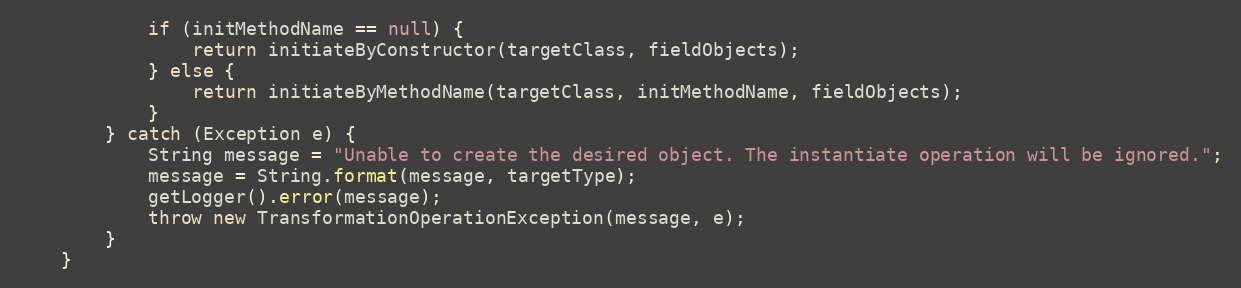
Language: Java
            if (initMethodName == null) {
                return initiateByConstructor(targetClass, fieldObjects);
            } else {
                return initiateByMethodName(targetClass, initMethodName, fieldObjects);
            }
        } catch (Exception e) {
            String message = "Unable to create the desired object. The instantiate operation will be ignored.";
            message = String.format(message, targetType);
            getLogger().error(message);
            throw new TransformationOperationException(message, e);
        }
    }